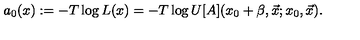
a _ { 0 } ( x ) : = - T \log L ( x ) = - T \log U [ A ] ( x _ { 0 } + \beta , \vec { x } ; x _ { 0 } , \vec { x } ) .